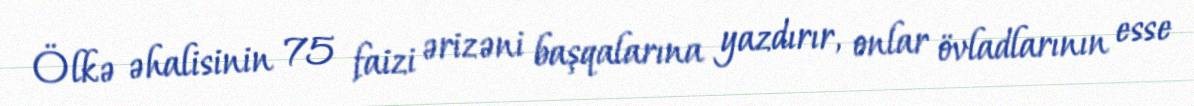
Ölkə əhalisinin 75 faizi ərizəni başqalarına yazdırır, onlar övladlarının esse